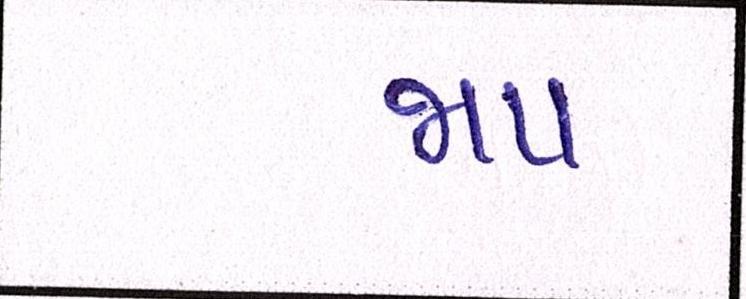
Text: જાપ